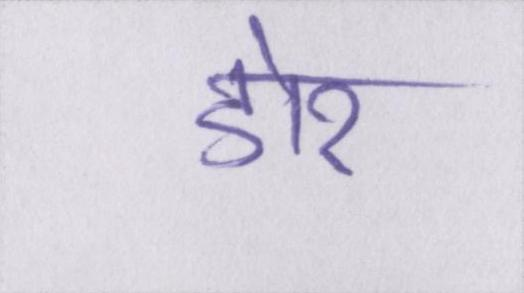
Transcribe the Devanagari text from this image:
डोर